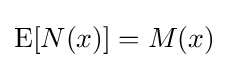
\operatorname {E} [N(x)]=M(x)